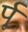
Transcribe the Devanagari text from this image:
र्पू